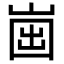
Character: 𡹏